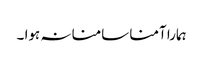
ہمارا آمنا سامنا نہ ہوا ۔